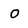
Character: O